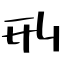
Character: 刑